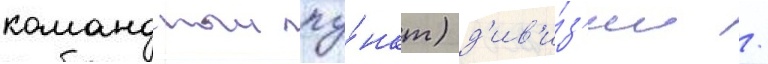
командныи пу́нкт) д'ив'и́з'ии /